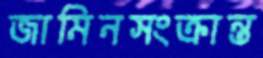
জামিনসংক্রান্ত